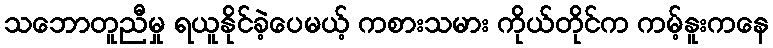
သဘောတူညီမှု ရယူနိုင်ခဲ့ပေမယ့် ကစားသမား ကိုယ်တိုင်က ကမ့်နူးကနေ